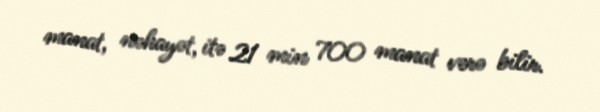
manat, nəhayət, itə 21 min 700 manat verə bilir.